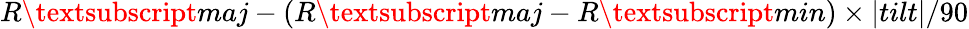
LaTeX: {R\textsubscript{maj}-{(R\textsubscript{maj}-R\textsubscript{min})}\times|tilt|/90}